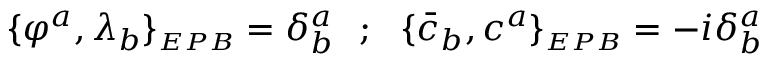
\{ \varphi ^ { a } , \lambda _ { b } \} _ { \scriptscriptstyle E P B } = \delta _ { b } ^ { a } ~ ~ ; ~ ~ \{ { \bar { c } } _ { b } , c ^ { a } \} _ { \scriptscriptstyle E P B } = - i \delta _ { b } ^ { a }